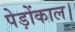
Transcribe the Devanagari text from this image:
पेड़ोंकाल।